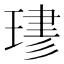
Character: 𤧎